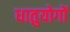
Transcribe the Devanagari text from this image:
धातुयोगों